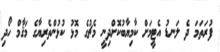
ފުރަތަމަ ދެ ލަނޑު އެޓީމަށް ކާމިޔާބުކޮށްދިނީ މެޗުގެ މޮޅު ކުޅުންތެރިޔާގެ މަޤާމް ހޯދި